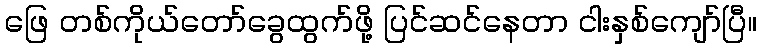
ဖြေ တစ်ကိုယ်တော်ခွေထွက်ဖို့ ပြင်ဆင်နေတာ ငါးနှစ်ကျော်ပြီ။